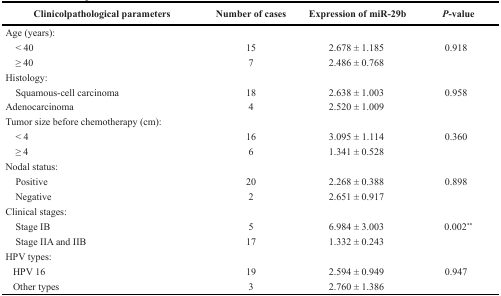
<table><thead><tr><td><b>Clinicolpathological parameters</b></td><td><b>Number of cases</b></td><td><b>Expression of miR-29b</b></td><td><b><i>P</i>-value</b></td></tr></thead><tbody><tr><td>Age (years):</td><td></td><td></td><td></td></tr><tr><td> &lt; 40</td><td>15</td><td>2.678 ± 1.185</td><td>0.918</td></tr><tr><td> ≥ 40</td><td>7</td><td>2.486 ± 0.768</td><td></td></tr><tr><td>Histology:</td><td></td><td></td><td></td></tr><tr><td> Squamous-cell carcinoma</td><td>18</td><td>2.638 ± 1.003</td><td>0.958</td></tr><tr><td>Adenocarcinoma</td><td>4</td><td>2.520 ± 1.009</td><td></td></tr><tr><td>Tumor size before chemotherapy (cm):</td><td></td><td></td><td></td></tr><tr><td> &lt; 4</td><td>16</td><td>3.095 ± 1.114</td><td>0.360</td></tr><tr><td> ≥ 4</td><td>6</td><td>1.341 ± 0.528</td><td></td></tr><tr><td>Nodal status:</td><td></td><td></td><td></td></tr><tr><td> Positive</td><td>20</td><td>2.268 ± 0.388</td><td>0.898</td></tr><tr><td> Negative</td><td>2</td><td>2.651 ± 0.917</td><td></td></tr><tr><td>Clinical stages:</td><td></td><td></td><td></td></tr><tr><td> Stage IB</td><td>5</td><td>6.984 ± 3.003</td><td>0.002<sup>*</sup></td></tr><tr><td> Stage IIA and IIB</td><td>17</td><td>1.332 ± 0.243</td><td></td></tr><tr><td>HPV types:</td><td></td><td></td><td></td></tr><tr><td> HPV 16</td><td>19</td><td>2.594 ± 0.949</td><td>0.947</td></tr><tr><td> Other types</td><td>3</td><td>2.760 ± 1.386</td><td></td></tr></tbody></table>